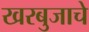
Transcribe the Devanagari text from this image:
खरबुजाचे